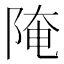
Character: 𨺍